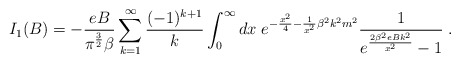
\begin{align*}I_1(B) = - \frac {eB} { {\pi}^{ \frac {3} {2}} \beta} \sum_{k=1}^{\infty}\frac {(-1)^{k+1}} {k} \int_0^{\infty} dx \;e^{- \frac {x^2} {4} - \frac {1} {x^2} \beta^2 k^2 m^2} \frac {1} {e^{ \frac {2 \beta^2 eB k^2} {x^2}} -1} \; .\end{align*}